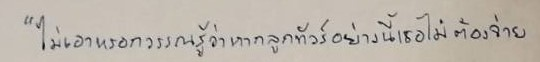
"ไม่เอาหรอกวรรณรู้ว่าหากลูกทัวร์อย่างนี้เธอไม่ต้องจ่าย